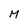
Character: M